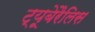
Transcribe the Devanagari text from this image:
ट्यूबेरैलिस